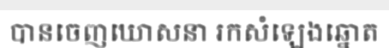
បានចេញឃោសនា រកសំឡេងឆ្នោត